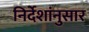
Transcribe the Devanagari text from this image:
निर्देशांनुसार